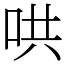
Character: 哄